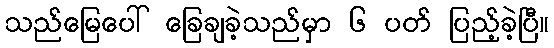
သည်မြေပေါ် ခြေချခဲ့သည်မှာ ၆ ပတ် ပြည့်ခဲ့ပြီ။